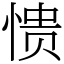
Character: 愦